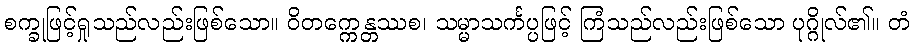
စက္ခုဖြင့်ရှုသည်လည်းဖြစ်သော။ ဝိတက္ကေန္တဿစ၊ သမ္မာသင်္ကပ္ပဖြင့် ကြံသည်လည်းဖြစ်သော ပုဂ္ဂိုလ်၏။ တံ